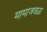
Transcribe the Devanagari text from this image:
मामाजवळ